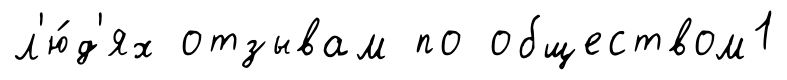
л'ю́д'ях отзывам по обществом1